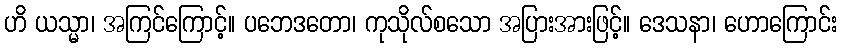
ဟိ ယသ္မာ၊ အကြင်ကြောင့်။ ပဘေဒတော၊ ကုသိုလ်စသော အပြားအားဖြင့်။ ဒေသနာ၊ ဟောကြောင်း